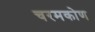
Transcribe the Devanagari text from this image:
चरमकोण